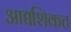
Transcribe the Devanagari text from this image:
आद्यशिकत